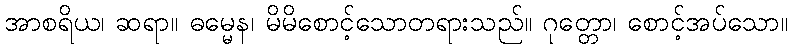
အာစရိယ၊ ဆရာ။ ဓမ္မေန၊ မိမိစောင့်သောတရားသည်။ ဂုတ္တော၊ စောင့်အပ်သော။